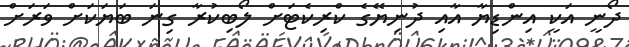
ދޯނީ އަކީ އިންޑިޔާ އާއި ދުނިޔޭގެ ކްރިކެޓަށް ލޯބިކުރާ ގިނަ ބަޔަކަށް ވަރަށް